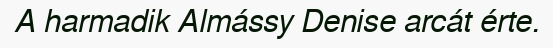
A harmadik Almássy Denise arcát érte.